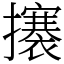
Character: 攐